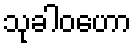
သုခါဝဟော